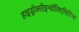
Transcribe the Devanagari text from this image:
हाइड्रॉक्सीइन्डॉलिएसिटिक